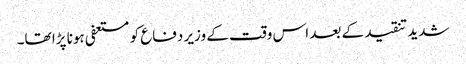
شدید تنقید کے بعد اس وقت کے وزیر دفاع کو مستعفی ہونا پڑا تھا۔